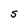
Character: S